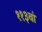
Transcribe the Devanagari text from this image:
११३वां